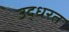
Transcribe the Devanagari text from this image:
उद्धरत